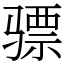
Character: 骠